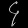
Digit: ၄